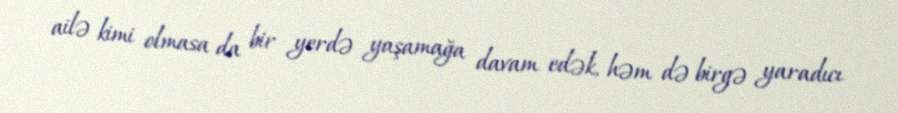
ailə kimi olmasa da bir yerdə yaşamağa davam edək, həm də birgə yaradıcı